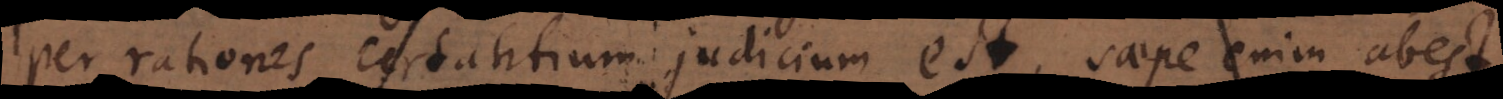
per rationes certantium judicium est, saepe enim abest